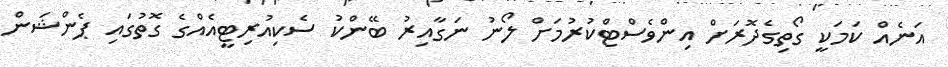
އަނެއް ކަމަކީ ގޯތިގެދޮރަށް އިންވެސްޓްކުރުމަށް ލޯނު ނަގާއިރު ބޭންކު ސެކިއުރިޓީއެއްގެ ގޮތުގައި ޕެންޝަން